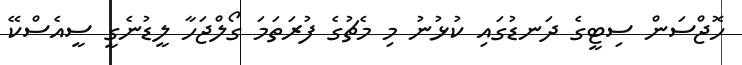
ހޮޖްސަން ސިޓީގެ ދަނޑުގައި ކުޅުނު މި މެޗުގެ ފުރަތަމަ ގޯލްޖަހާ ލީޑުނެގީ ސީއެސްކޭ